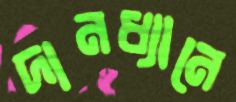
দানধ্যানে